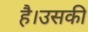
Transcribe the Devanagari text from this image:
है।उसकी